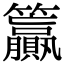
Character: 籯